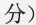
分)